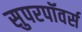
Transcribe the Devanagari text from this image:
सुपरपॉवर्स